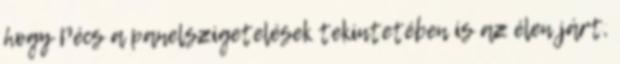
hogy Pécs a panelszigetelések tekintetében is az élen járt,